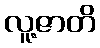
လူ့ဇာတိ